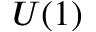
U ( 1 )